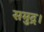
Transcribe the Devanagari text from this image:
समुद्र।